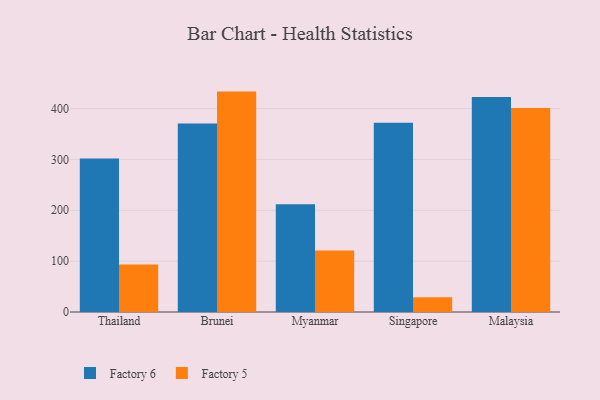
{"axis": {"x": "Country", "y": "Shipments"}, "legend": ["Factory 5", "Factory 6"], "data": [{"x": "Thailand", "y": 301.8, "type": "Factory 6"}, {"x": "Thailand", "y": 93.5, "type": "Factory 5"}, {"x": "Brunei", "y": 370.6, "type": "Factory 6"}, {"x": "Brunei", "y": 433.4, "type": "Factory 5"}, {"x": "Myanmar", "y": 211.8, "type": "Factory 6"}, {"x": "Myanmar", "y": 121.1, "type": "Factory 5"}, {"x": "Singapore", "y": 372.0, "type": "Factory 6"}, {"x": "Singapore", "y": 28.8, "type": "Factory 5"}, {"x": "Malaysia", "y": 422.7, "type": "Factory 6"}, {"x": "Malaysia", "y": 401.3, "type": "Factory 5"}]}